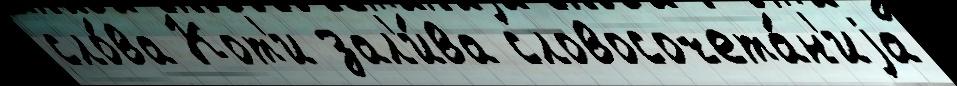
сло́ва Кот'и зал'и́ва словосочета́н'иjа